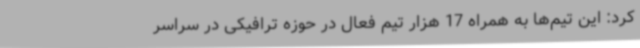
کرد: این تیم‌ها به همراه 17 هزار تیم فعال در حوزه ترافیکی در سراسر